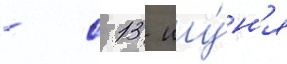
- с 13 иу́н'я